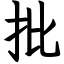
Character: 批